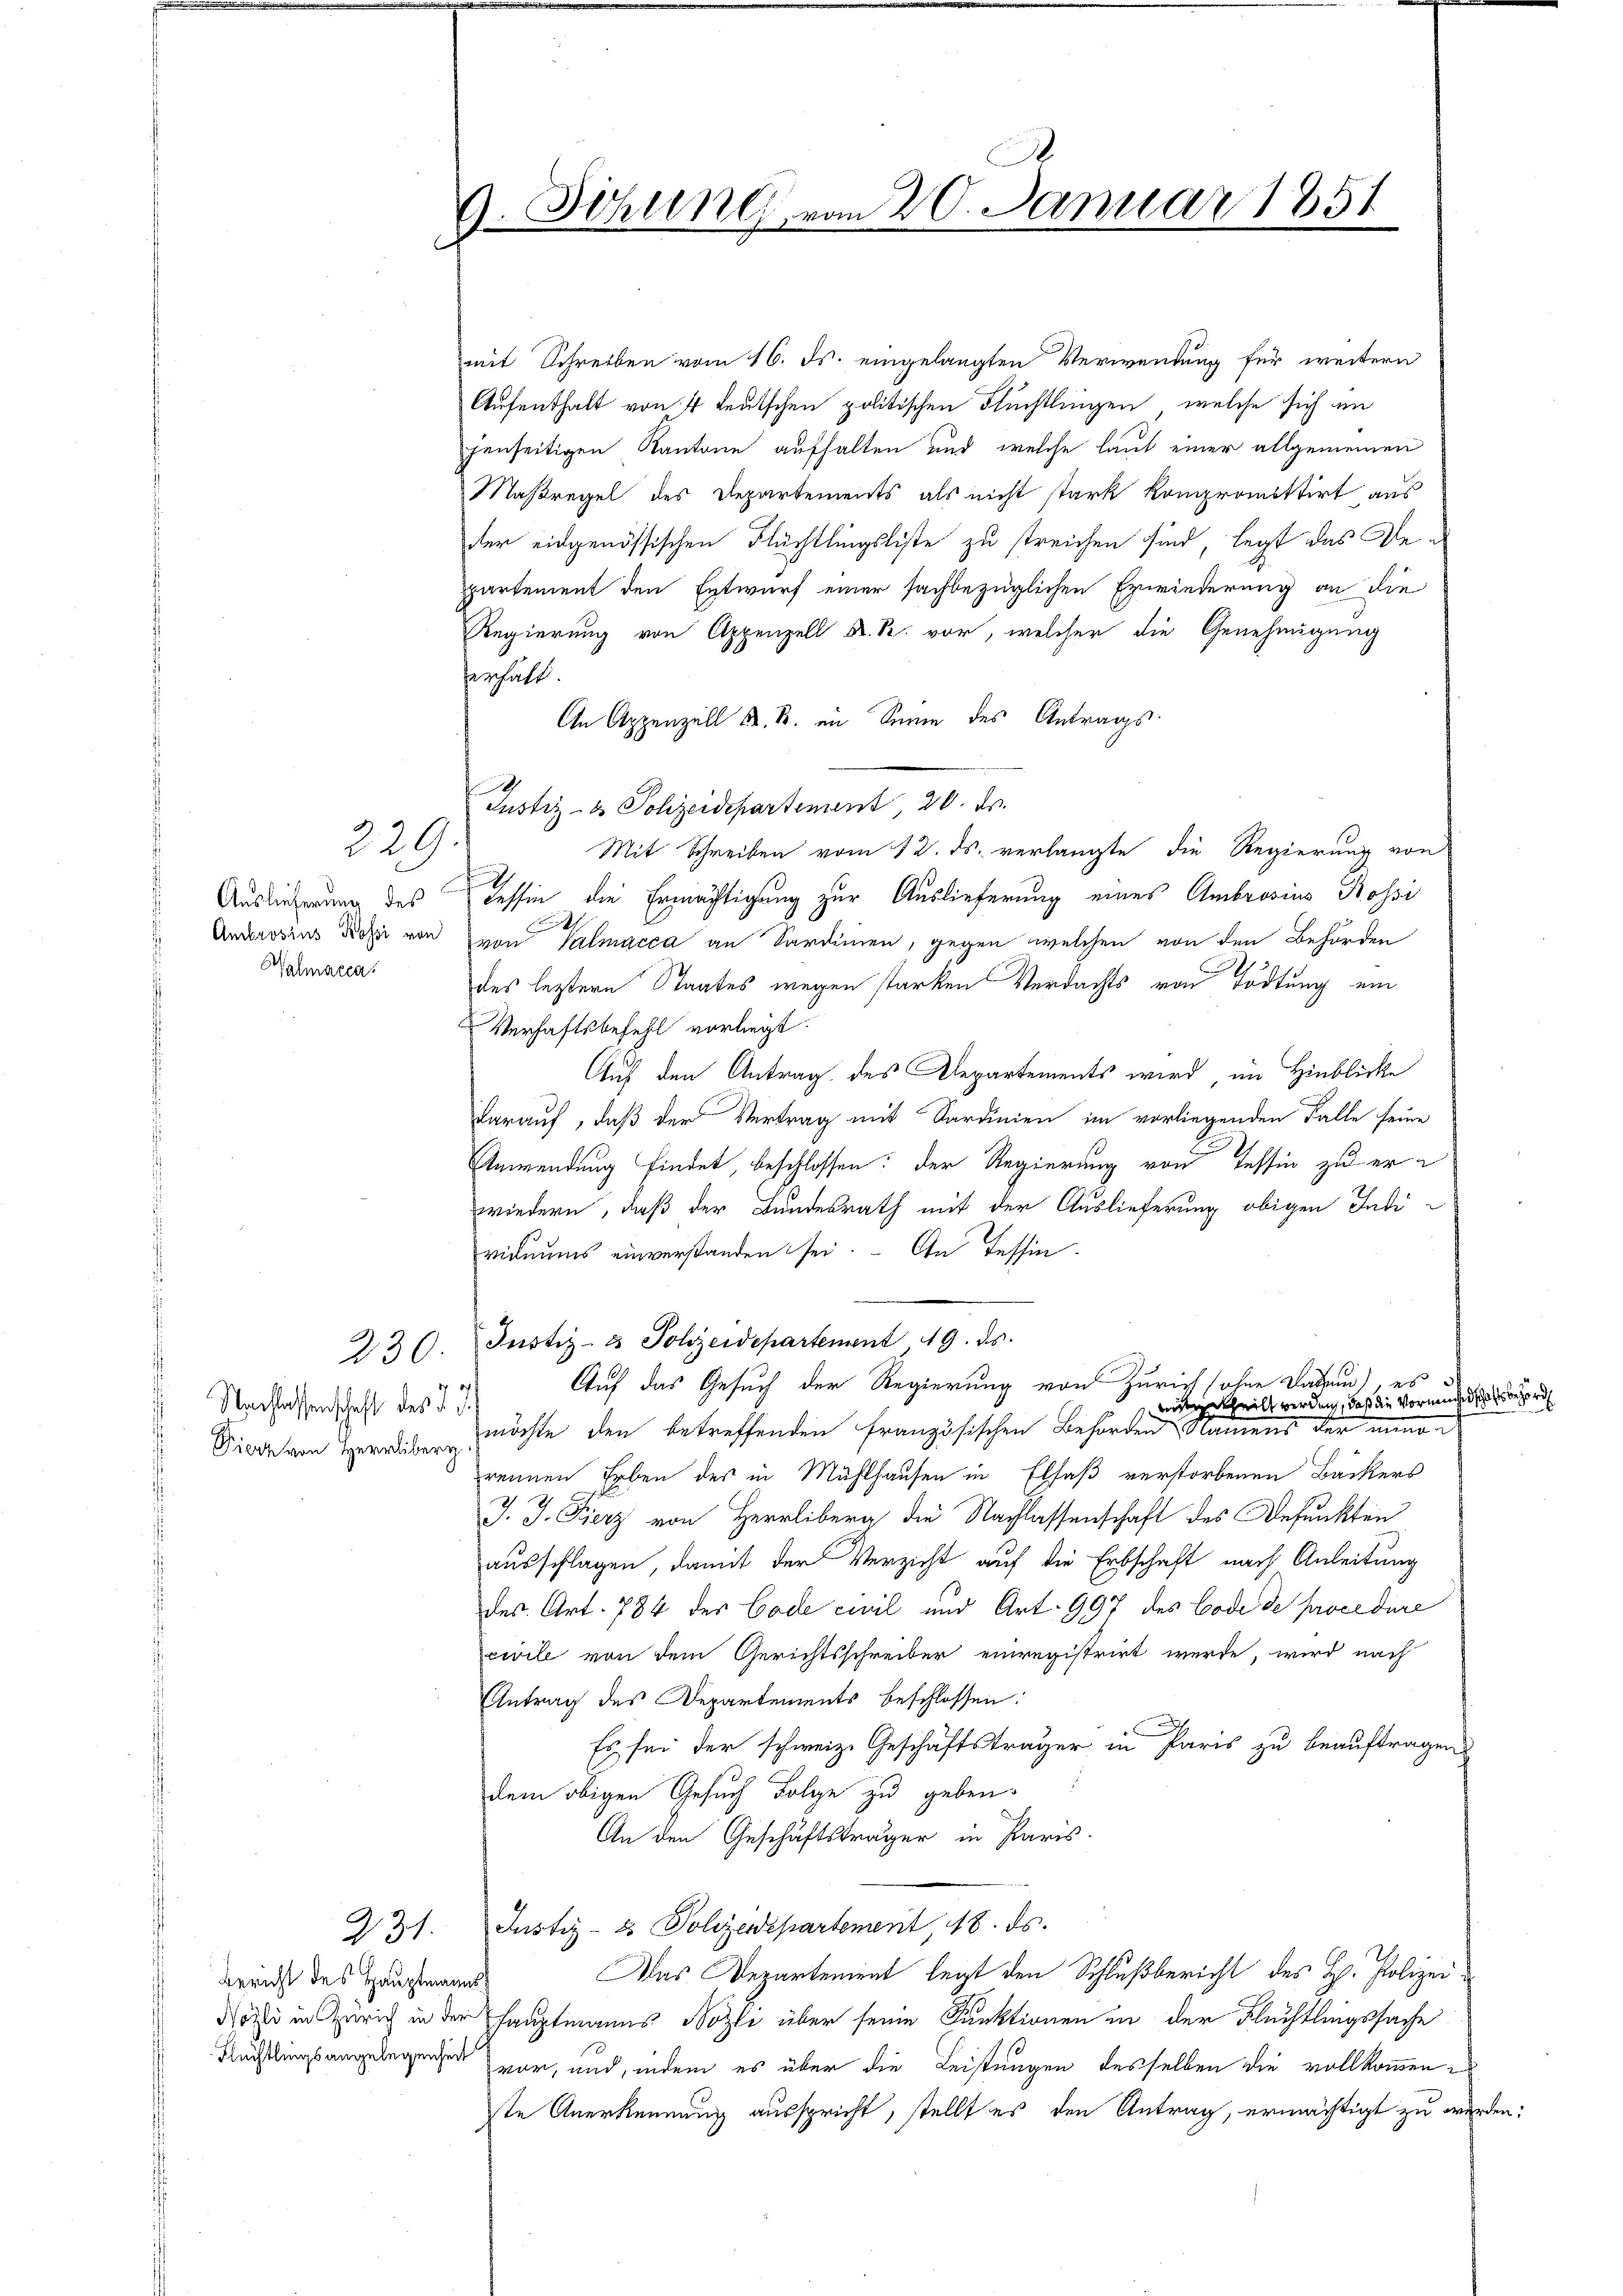
229

Auslieferung des
Halmacca.

Nachlassenschaft des §. 7.
Fierz von Herrliberg

230.

231.

Bericht des Hauptmann

S
9. Sitzung vom 20. Januar 1851

mit Schreiben vom 16. ds. eingelangten Verwendung für weitern
Aufenthalt von 4 teutschen politischen Flüchtlingen, welche sich in
jenseitigen Kantone aufhalten und welche laut einer allgemeinen
Maßregel des Departements als nicht stark kompromittirt aus
der eidgenössischen Flüchtlingsliste zu streichen sind, legt das Departement den Entwurf einer sachbezüglichen Erwiederung an die
Regierung von Appenzell A. R. vor, welcher die Genehmigung
erhält.
An Appenzell Kt. B. im Sinne des Antrags¬
Justiz- & Polizeidepartement, 20. ds.
Mit Schreiben vom 12. ds. verlangte die Regierung von
Tessin, die Ermächtigung zur Auslieferung eines Ambrosius Rossi
Anderosius des von von Valmacca an Sardinien, gegen welchen von den Behörden
des leztere Staates wegen starken Verdachts von Tödtung ein
Verhaftsbefehl vorliegt.
Auf den Antrag des Departements wird, im Hinblicke
darauf, daß der Vertrag mit Sardinien im vorliegenden Falle seine
Anwendung findet, beschlossen: der Regierung von Tessin zu erwiedern, daß der Bundesrath mit der Auslieferung obigen Indi-
viduums einverstanden sei. An Tessin.
Justiz- & Polizeidepartement 9. ds.
Auf das Gesuch der Regierung von Zürich ohne Datum), es
mitertheilt werden, daß die Vormundschaftsbehörd
möchte den betreffenden Französischen Behörden Namens der minorennen Erben des in Mühlhausen in Elsaß verstorbenen Bäckers
J. J. Fierz von Herrliberg die Nachlassenschaft des Befunkten
ausschlagen, damit der Verzicht auf die Erbschaft nach Anleitung
des. Art. 784 der Code civil und Art. 997 des Code de procedure
civile von dem Gerichtsschreiber einregistrirt werde, wird nach
Antrag des Departements beschlossen:
Es sei der schweiz. Geschäftsträger in Paris zu beauftragen
dem obigen Gesuch Folge zu geben.
An den Geschäftsträger in Paris.
Justiz- & Polizeidepartement, 18. ds.
Das Departement legt den Schlußbericht des H. Polizeidee in Zürich in der Hauptmanns Bozle über seine Funktionen in der Flüchtlingssache
Flüchtlingsangelegenden war, und, indem es über die Leistungen desselben die vollkommenste Anerkennung ausspricht, stellt es den Antrag, ermächtigt zu werden.